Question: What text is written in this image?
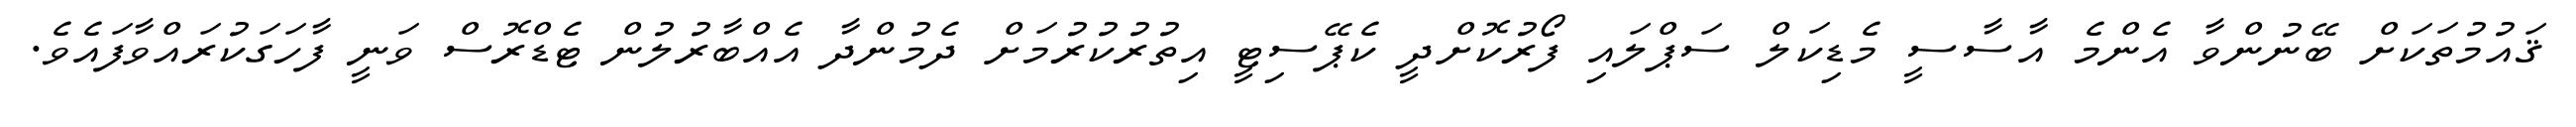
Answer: ޤައުމުތަކަށް ބޭނުންވާ އެންމެ އާސާސީ މެޑިކަލް ސަޕްލައި ފޯރުކޮށްދީ ކެޕޭސިޓީ އިތުރުކުރުމަށް ދެމުންދާ އެއްބާރުލުން ޓެޑްރޮސް ވަނީ ފާހަގަކުރައްވާފައެވެ.